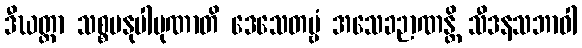
ဒီဃတ္တာ သစ္စမနုပါပုဏာတိ ဒေသေတဗ္ဗံ အသေခဉာဏန္တိ သီဒနသဘာဝါ